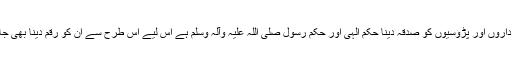
رشتے داروں اور پڑوسیوں کو صدقہ دینا حکم الٰہی اور حکم رسول صلی اللہ علیہ وآلہ وسلم ہے اس لیے اس طرح سے ان کو رقم دینا بھی جائز ہے۔